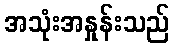
အသုံးအနှုန်းသည်